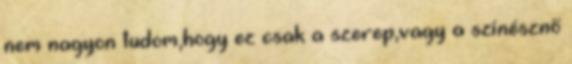
nem nagyon tudom,hogy ez csak a szerep,vagy a színésznő